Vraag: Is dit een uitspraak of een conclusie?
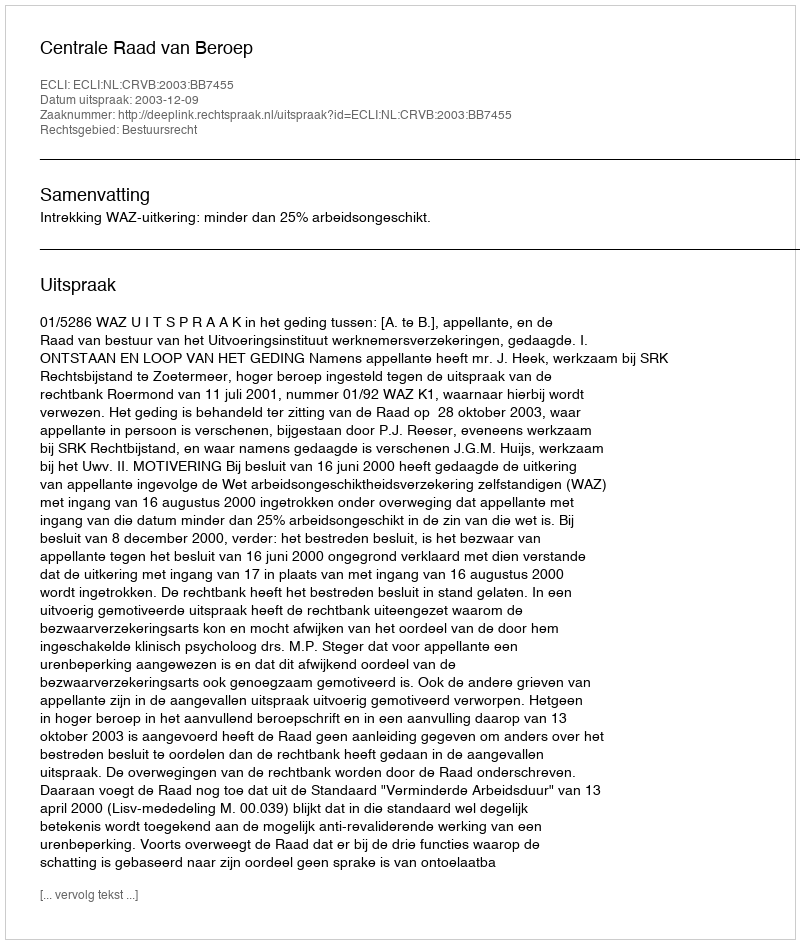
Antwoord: Uitspraak